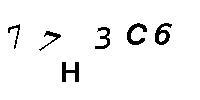
77H3C6